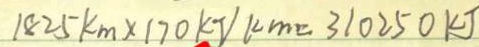
1 8 2 5 k m \times 1 7 0 k J / k m = 3 1 0 2 5 0 k J